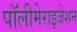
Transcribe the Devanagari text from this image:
पॉलीमेराइजेशन